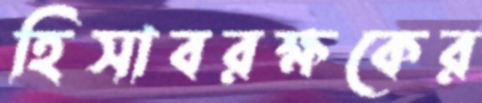
হিসাবরক্ষকের